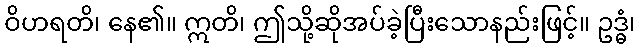
ဝိဟရတိ၊ နေ၏။ ဣတိ၊ ဤသို့ဆိုအပ်ခဲ့ပြီးသောနည်းဖြင့်။ ဥဒ္ဓံ၊